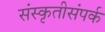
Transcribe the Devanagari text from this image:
संस्कृतीसंपर्क